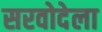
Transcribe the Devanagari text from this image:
सरवोदेला